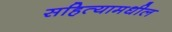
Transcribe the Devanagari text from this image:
सहित्यामधील